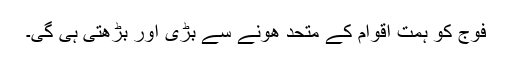
فوج کو ہمت اقوام کے متحد ھونے سے بڑی اور بڑھتی ہی گی۔